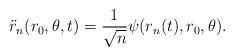
LaTeX: \begin{align*}\ddot r_n (r_0, \theta,t) = \frac{1}{\sqrt{n}}\psi(r_n(t), r_0, \theta).\end{align*}